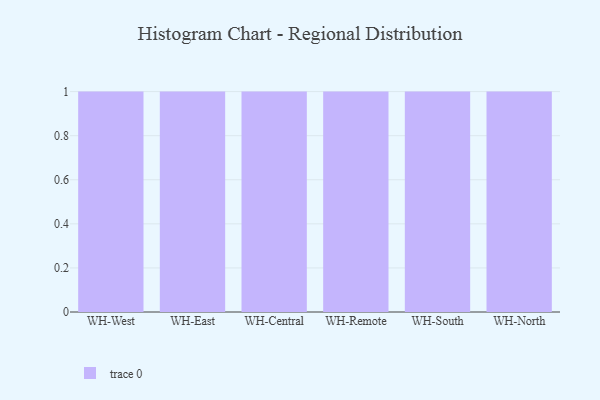
{"axis": {"x": "Warehouse", "y": "Inventory Turnover"}, "legend": [""], "data": [{"x": "WH-West", "y": 86, "type": ""}, {"x": "WH-East", "y": 40, "type": ""}, {"x": "WH-Central", "y": 38, "type": ""}, {"x": "WH-Remote", "y": 48, "type": ""}, {"x": "WH-South", "y": 68, "type": ""}, {"x": "WH-North", "y": 29, "type": ""}]}